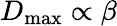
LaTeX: D_{\mathrm{max}}\propto\beta